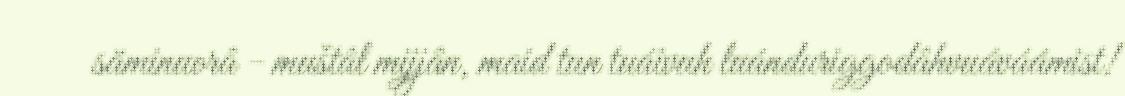
säminuorâ - muštâl mijjân, maid tun tuáivuh luánduriggodâhvuáváámist!